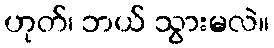
ဟုတ်၊ ဘယ် သွားမလဲ။